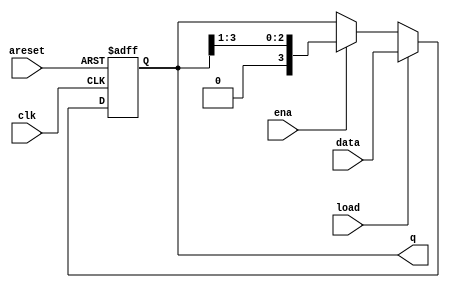
//2022_11_2 kerong
//4-bit shift register
module top_module(
    input clk,
    input areset,  // async active-high reset to zero
    input load,
    input ena,
    input [3:0] data,
    output reg [3:0] q); 

always @(posedge clk,posedge areset) begin
    if(areset)begin
        q <= 4'd0;
    end
    else begin
        if(load)begin
            q <= data;
        end
        else if(ena)begin
            q <= q >> 1;
        end
        else begin
            q <= q;
        end
    end
end

endmodule